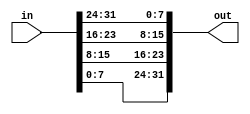
// Modelling vector byte reversal for various internet protocols

module top_module(in, out);

	input [31:0] in;
	output [31:0] out;

	assign out[31:24] = in[7:0];
	assign out[23:16] = in[15:8];
	assign out[15:8] = in[23:16];
	assign out[7:0] = in[31:24];

endmodule